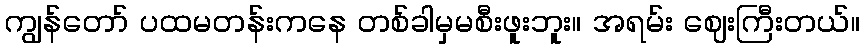
ကျွန်တော် ပထမတန်းကနေ တစ်ခါမှမစီးဖူးဘူး။ အရမ်း ဈေးကြီးတယ်။